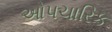
ઓપચારિક